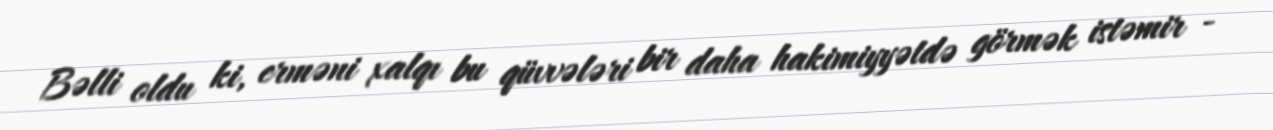
Bəlli oldu ki, erməni xalqı bu qüvvələri bir daha hakimiyyətdə görmək istəmir -